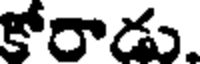
కోరాడు.